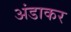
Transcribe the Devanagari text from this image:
अंडाकर